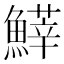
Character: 𩺵